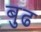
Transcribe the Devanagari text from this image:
बुढ